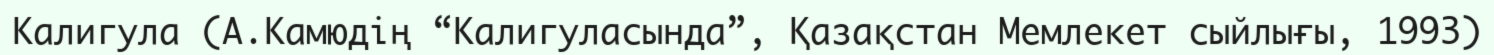
Калигула (А.Камюдің “Калигуласында”, Қазақстан Мемлекет сыйлығы, 1993)